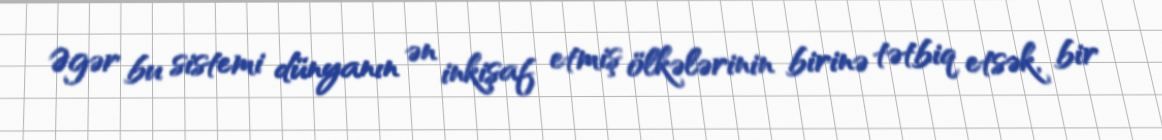
Əgər bu sistemi dünyanın ən inkişaf etmiş ölkələrinin birinə tətbiq etsək, bir